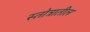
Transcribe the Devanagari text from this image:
स्तोत्रातील